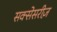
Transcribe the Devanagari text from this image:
सक्सेसरीज़